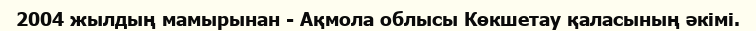
2004 жылдың мамырынан - Ақмола облысы Көкшетау қаласының әкімі.